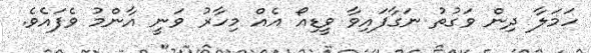
ހަމަލާ ދިން ވަގުތު ނަގާފައިވާ ވީޑިއޯ އެއް މިހާރު ވަނީ އާންމު ވެފައެވެ.